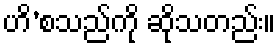
ဟိ’စသည်ကို ဆိုသတည်း။